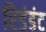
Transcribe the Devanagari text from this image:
रिडंडंट